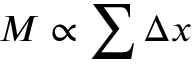
M \propto \sum \Delta x